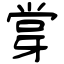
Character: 牚